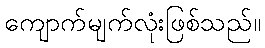
ကျောက်မျက်လုံးဖြစ်သည်။